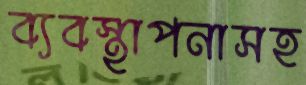
ব্যবস্থাপনাসহ